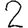
Digit: 2